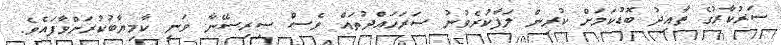
ސަރުކާރުގެ ތާއިދު ބޮޑުކަމަށް ކުރިން ލަފާކުރެވުނު ސަރަހައްދުތައް ވެސް ސިރިސޭނާ ވަނީ ކާމިޔާބުކުރަށްވާފައެވެ.